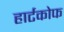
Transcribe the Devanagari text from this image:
हार्टकोफ